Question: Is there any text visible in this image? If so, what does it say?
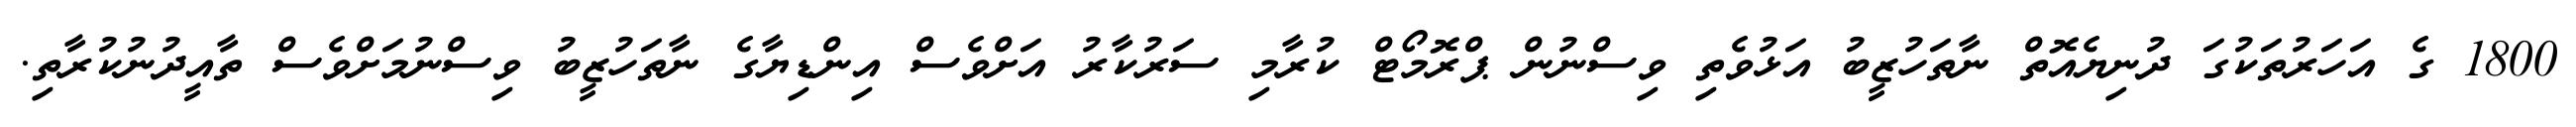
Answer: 1800 ގެ އަހަރުތަކުގަ ދުނިޔެއޮތް ނާތަހުޒީބު އަޅުވެތި ވިސްނުން ޕްރޮމޯޓް ކުރާމި ސަރުކާރު އަށްވެސް އިންޑިޔާގެ ނާތަހުޒީބު ވިސްނުމަށްވެސް ތާއީދުނުކުރާތި.